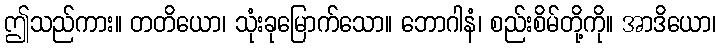
ဤသည်ကား။ တတိယော၊ သုံးခုမြောက်သော။ ဘောဂါနံ၊ စည်းစိမ်တို့ကို။ အာဒိယော၊